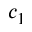
c _ { 1 }